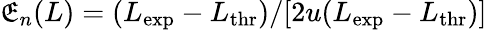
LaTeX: \mathfrak{E}_{n}(L)=(L_{\mathrm{{exp}}}-L_{\mathrm{{thr}}})/[2u(L_{\mathrm{{exp}}}-L_{\mathrm{{thr}}})]